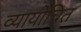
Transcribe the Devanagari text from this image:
व्यायोचित